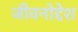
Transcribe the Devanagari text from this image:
जीवनोद्देश